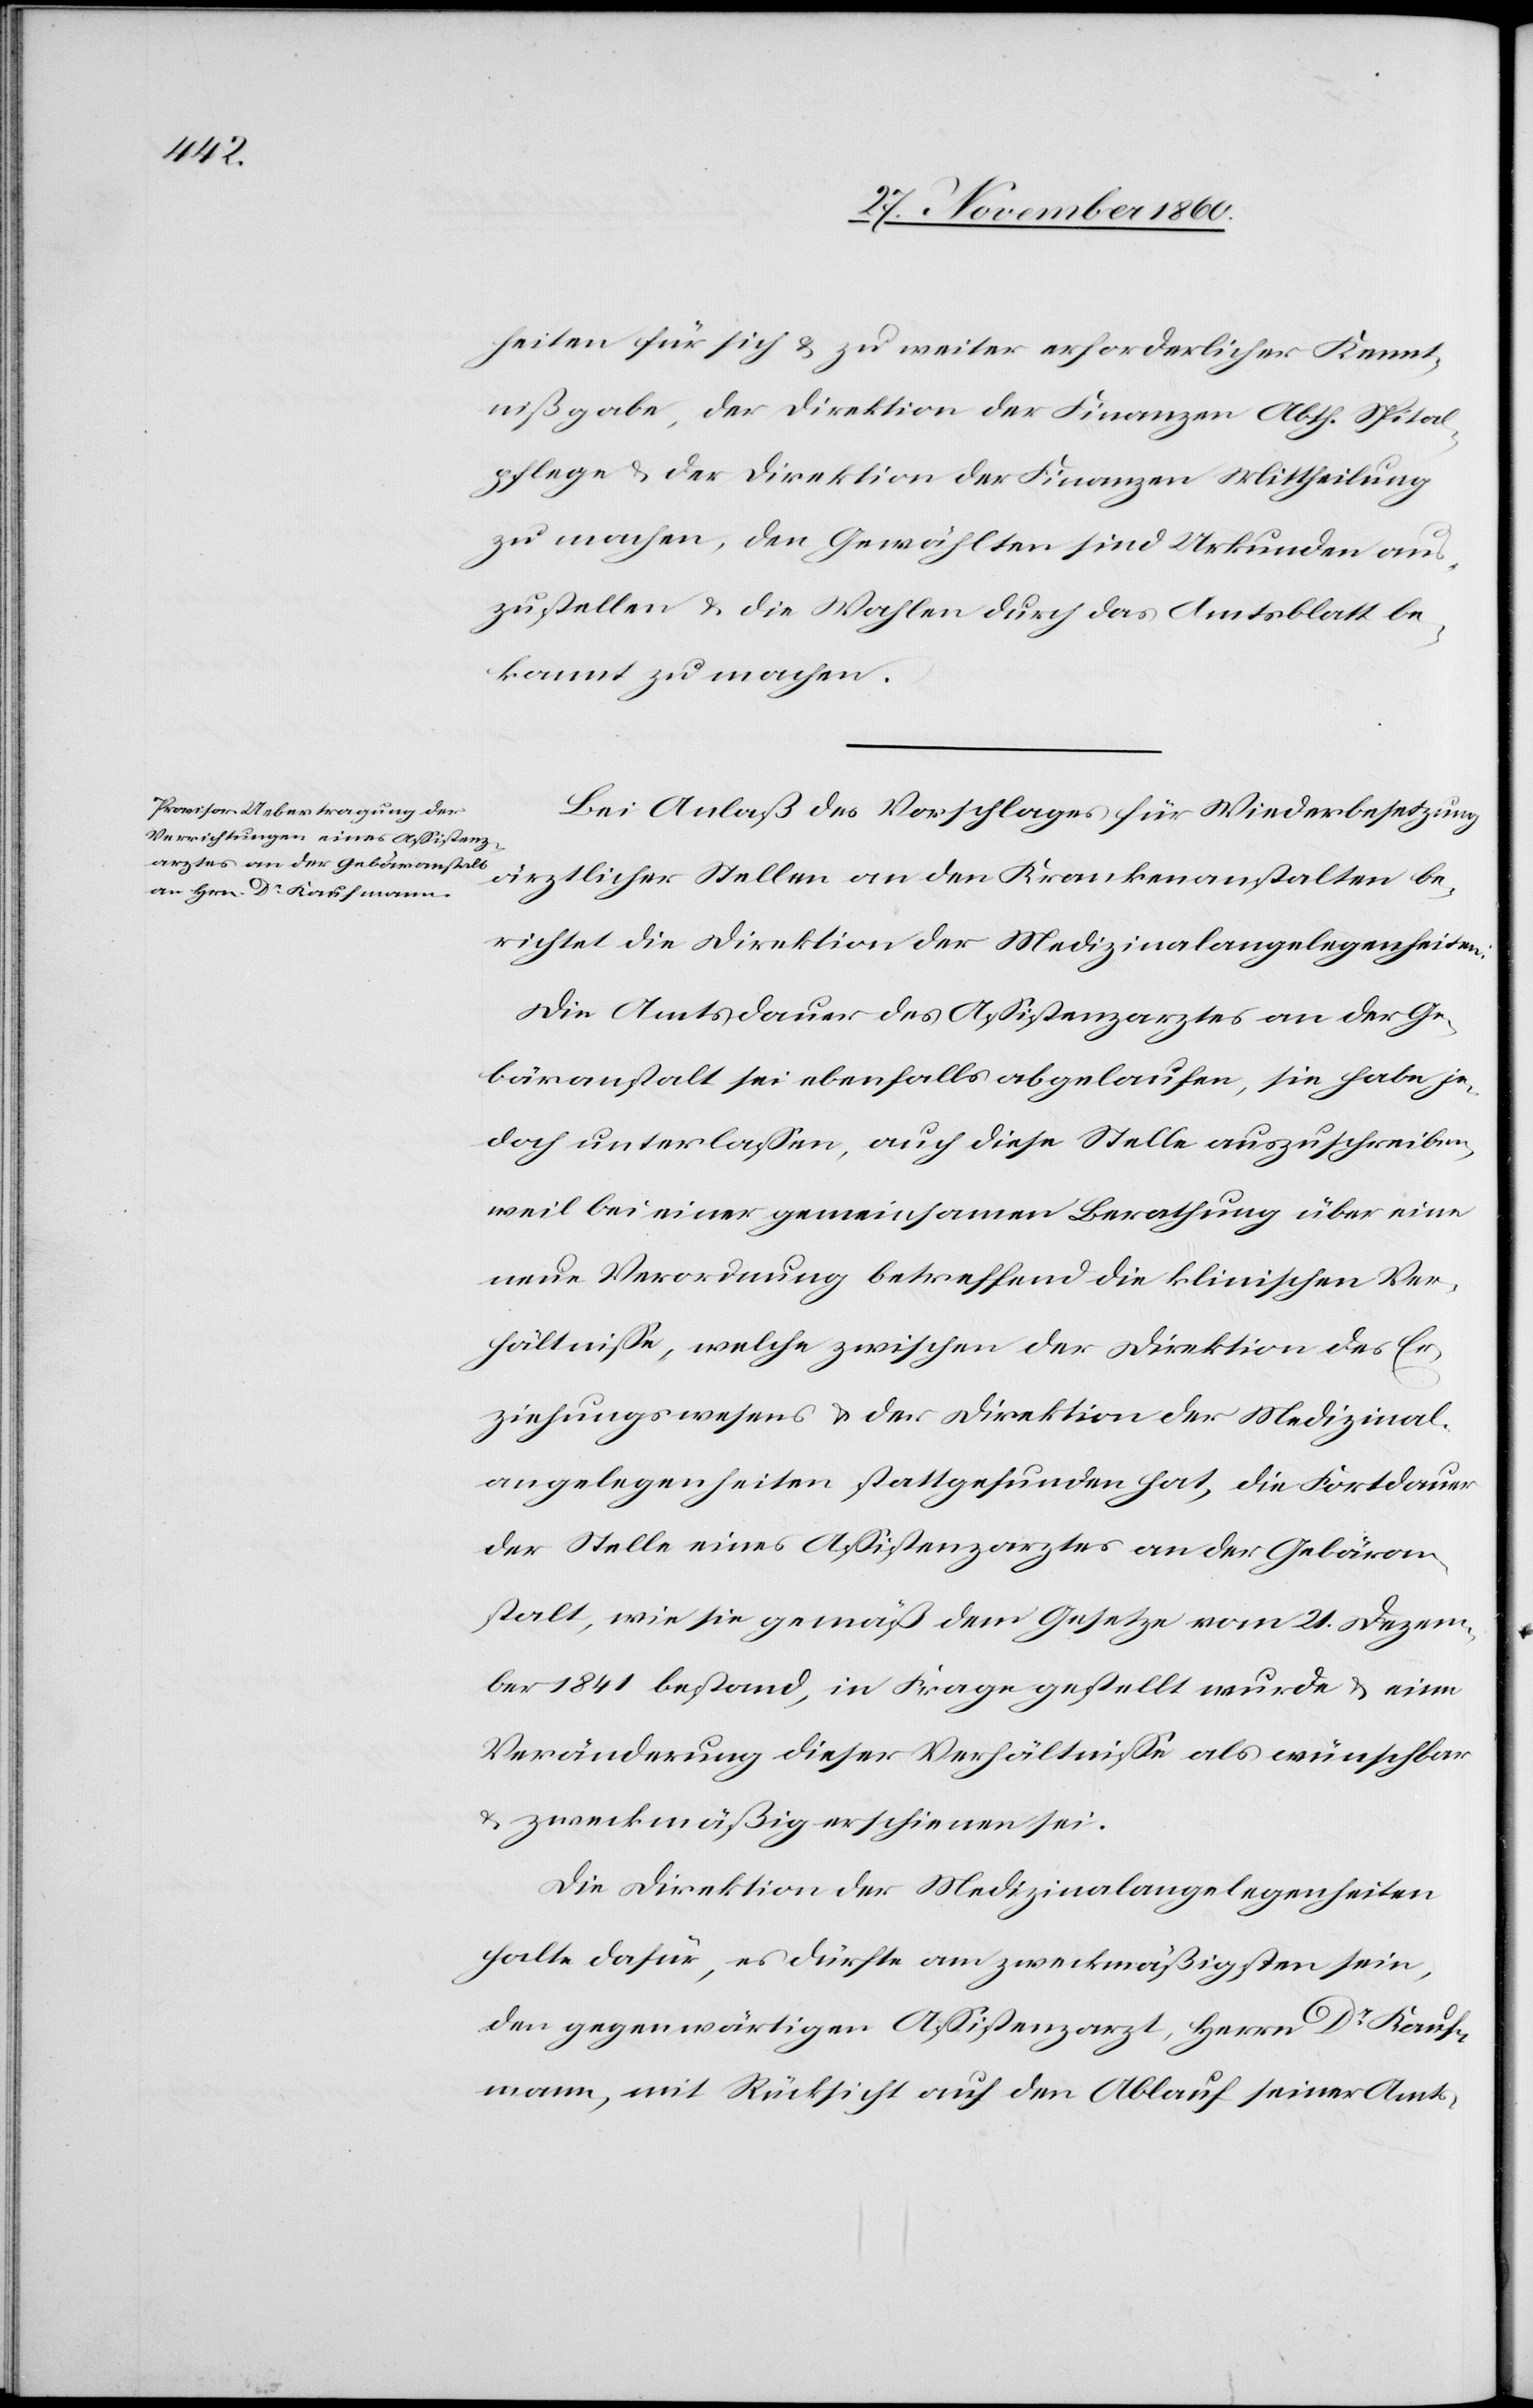
heiten für sich u. zu weiter erforderlicher Kennt¬
nißgabe, der Direktion der Finanzen Abth. Spital¬
pflege u. der Direktion der Finanzen Mittheilung
zu machen, den Gewählten sind Urkunden aus¬
zustellen u. die Wahlen durch das Amtsblatt be¬
kannt zu machen.
Bei Anlaß des Vorschlages für Widerbesetzung
ärztlicher Stellen an den Krankenanstalten be¬
richtet die Direktion der Medizinalangelegenheiten:
Die Amtsdauer des Assistenzarztes an der Ge¬
bäranstalt sei ebenfalls abgelaufen, sie habe je¬
doch unterlassen, auch an diese Stelle auszuschreiben,
weil bei einer gemeinsamen Berathung über eine
neue Verordnung betreffend die klinischen Ver¬
hältnisse, welche zwischen der Direktion des Er¬
ziehungswesens u. der Direktion der Medizinal¬
angelegenheiten stattgefunden hat, die Fortdauer
der Stelle eines Assistenzarztes an der Gebäran¬
stalt, wie sie gemäß dem Gesetze vom 21. Dezem¬
ber 1841 bestand, in Frage gestellt wurde u. eine
Veränderung dieser Verhältnisse als wünschbar
u. zweckmäßig erschienen sei.
Die Direktion der Medizinalangelegenheiten
halte dafür, es dürfte am zweckmäßigsten sein,
den gegenwärtigen Assistenzarzt, Herrn Dr Kauf¬
mann, mit Rücksicht auf den Ablauf seiner Amts-